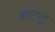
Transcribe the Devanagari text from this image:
हटटू